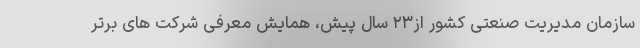
سازمان مدیریت صنعتی کشور از۲۳ سال پیش، همایش معرفی شرکت های برتر